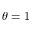
\theta = 1